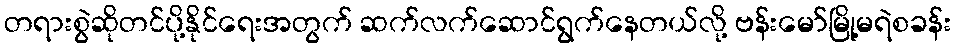
တရားစွဲဆိုတင်ပို့နိုင်ရေးအတွက် ဆက်လက်ဆောင်ရွက်နေတယ်လို့ ဗန်းမော်မြို့မရဲစခန်း